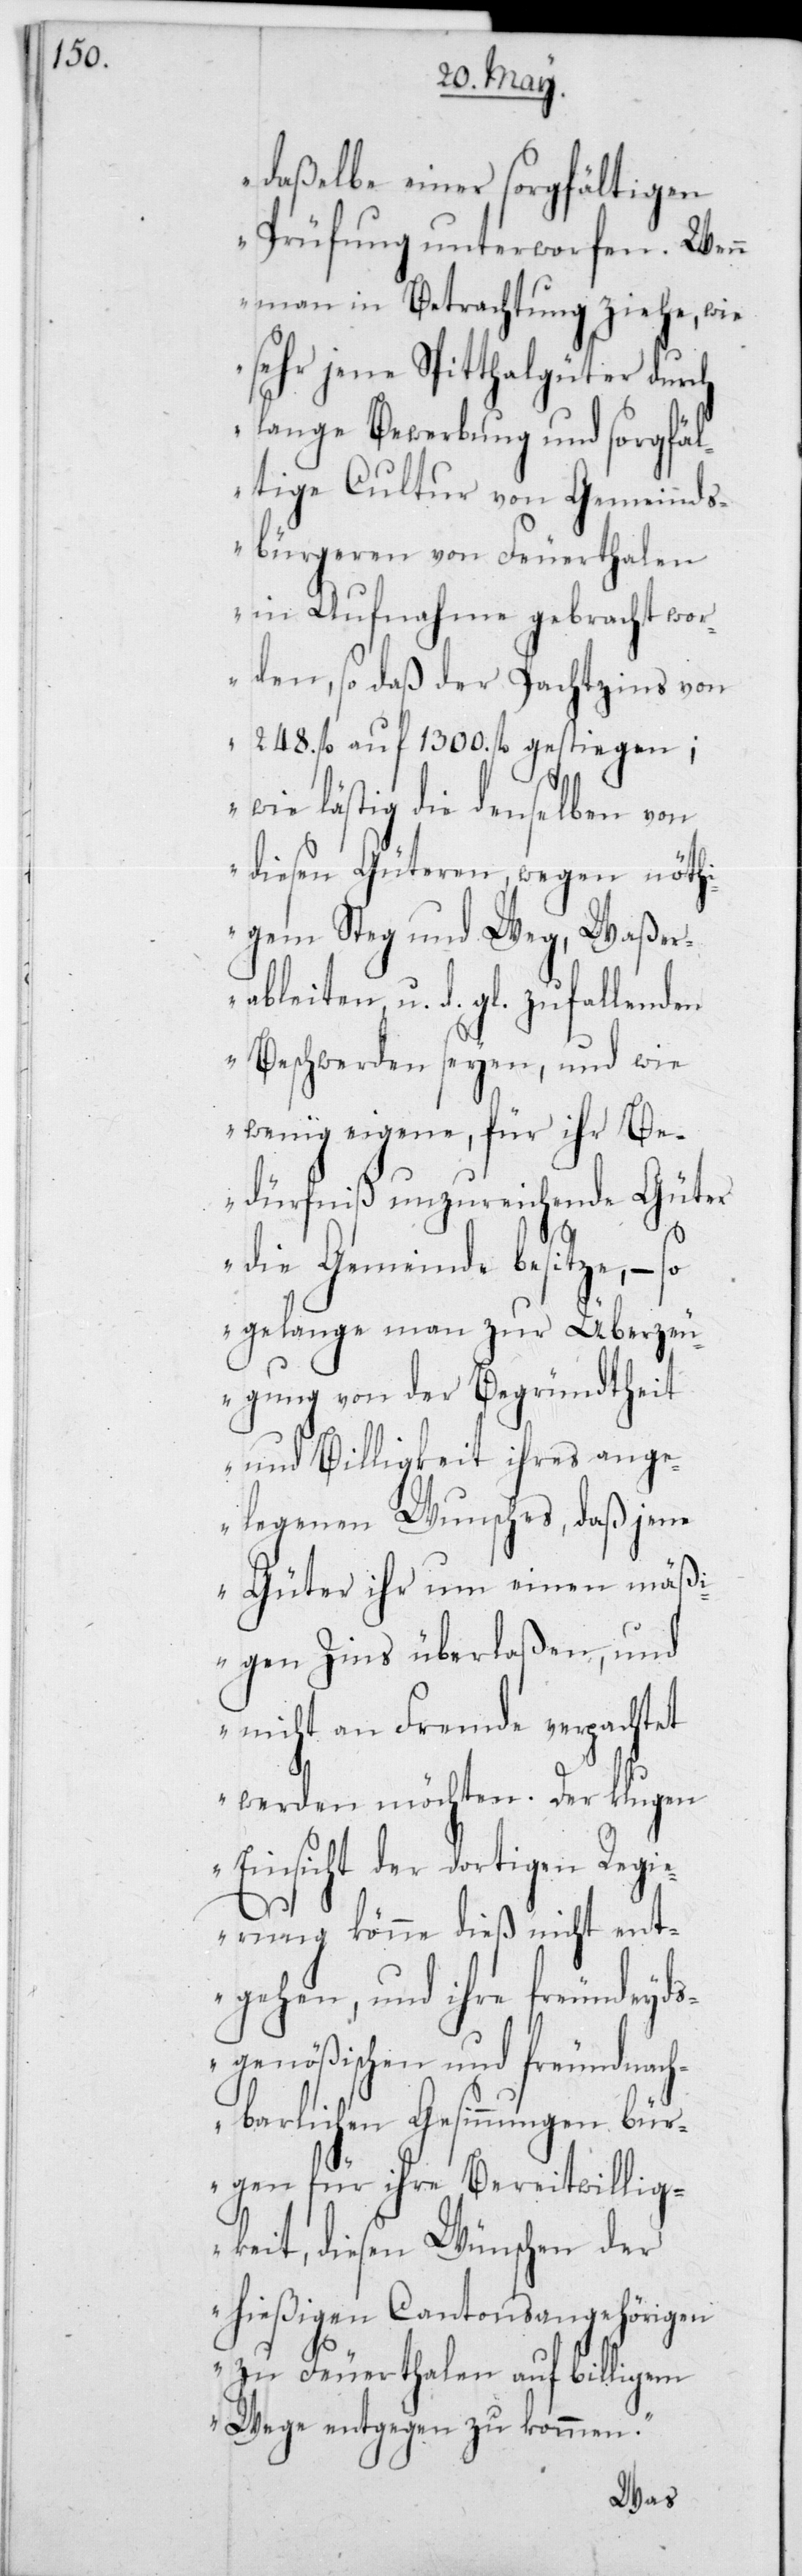
daßelbe einer sorgfältigen
Prüfung unterworfen. Wenn
man in Betrachtung ziehe, wie
sehr jene Spitthalgüter durch
lange Bewerbung und sorgfäl¬
tige Cultur von Gemeinds¬
bürgeren von Feuerthalen
in Aufnahme gebracht wo¬
rden, so daß der Pachtzins von
248 fl. auf 1300 fl. gestiegen;
wie lästig die denselben von
diesen Güteren, wegen nöthi¬
gem Steg und Weg, Waßer¬
ableiten u. d. gl. zufallenden
Beschwerden seyen, und wie
wenig eigene, für ihr Be¬
dürfniß unzureichende Güter
die Gemeinde besitze, – so
gelange man zur Überzeu¬
gung von der Begründtheit
und Billigkeit ihres ange¬
legenen Wunsches, daß jene
Güter ihr um einen mäß¬
igen Zins überlaßen, und
nicht an Fremde verpachtet
werden möchten. Der klugen
Einsicht der dortigen Regi¬
erung könne dieß nicht ent¬
gehen, und ihre freundeyd¬
sgenößischen und freundnach¬
barlichen Gesinnungen bür¬
gen für ihre Bereitwillig¬
keit, diesen Wünschen der
hießigen Cantonsangehörigen
zu Feuerthalen auf billigem
Wege entgegen zu kommen.